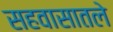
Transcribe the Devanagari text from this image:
सहवासातले